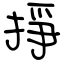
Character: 掙